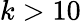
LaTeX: k>10